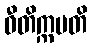
ဝီတိက္ကမတိ